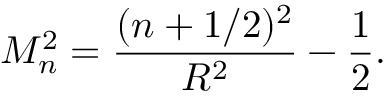
M _ { n } ^ { 2 } = \frac { ( n + 1 / 2 ) ^ { 2 } } { R ^ { 2 } } - \frac { 1 } { 2 } .